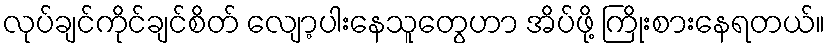
လုပ်ချင်ကိုင်ချင်စိတ် လျော့ပါးနေသူတွေဟာ အိပ်ဖို့ ကြိုးစားနေရတယ်။